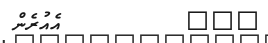
١٠٦         އެއުރެން